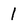
Character: 1